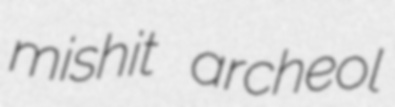
mishit archeol